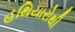
હથિયારોથી